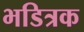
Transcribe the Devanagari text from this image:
भडित्रक